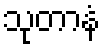
သုတာနံ